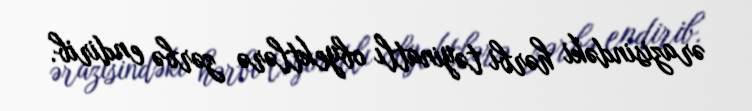
ərazisindəki hərbi təyinatlı obyektlərə zərbə endirib.